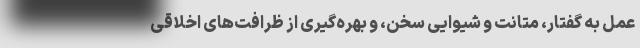
عمل به گفتار، متانت و شیوایی سخن، و بهره‌گیری از ظرافت‌های اخلاقی